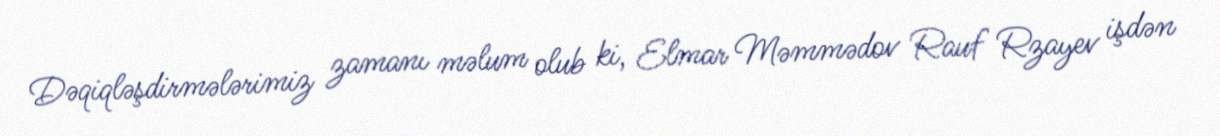
Dəqiqləşdirmələrimiz zamanı məlum olub ki, Elmar Məmmədov Rauf Rzayev işdən